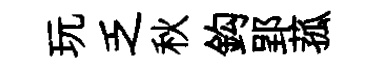
玩乏秋鈎郢菰